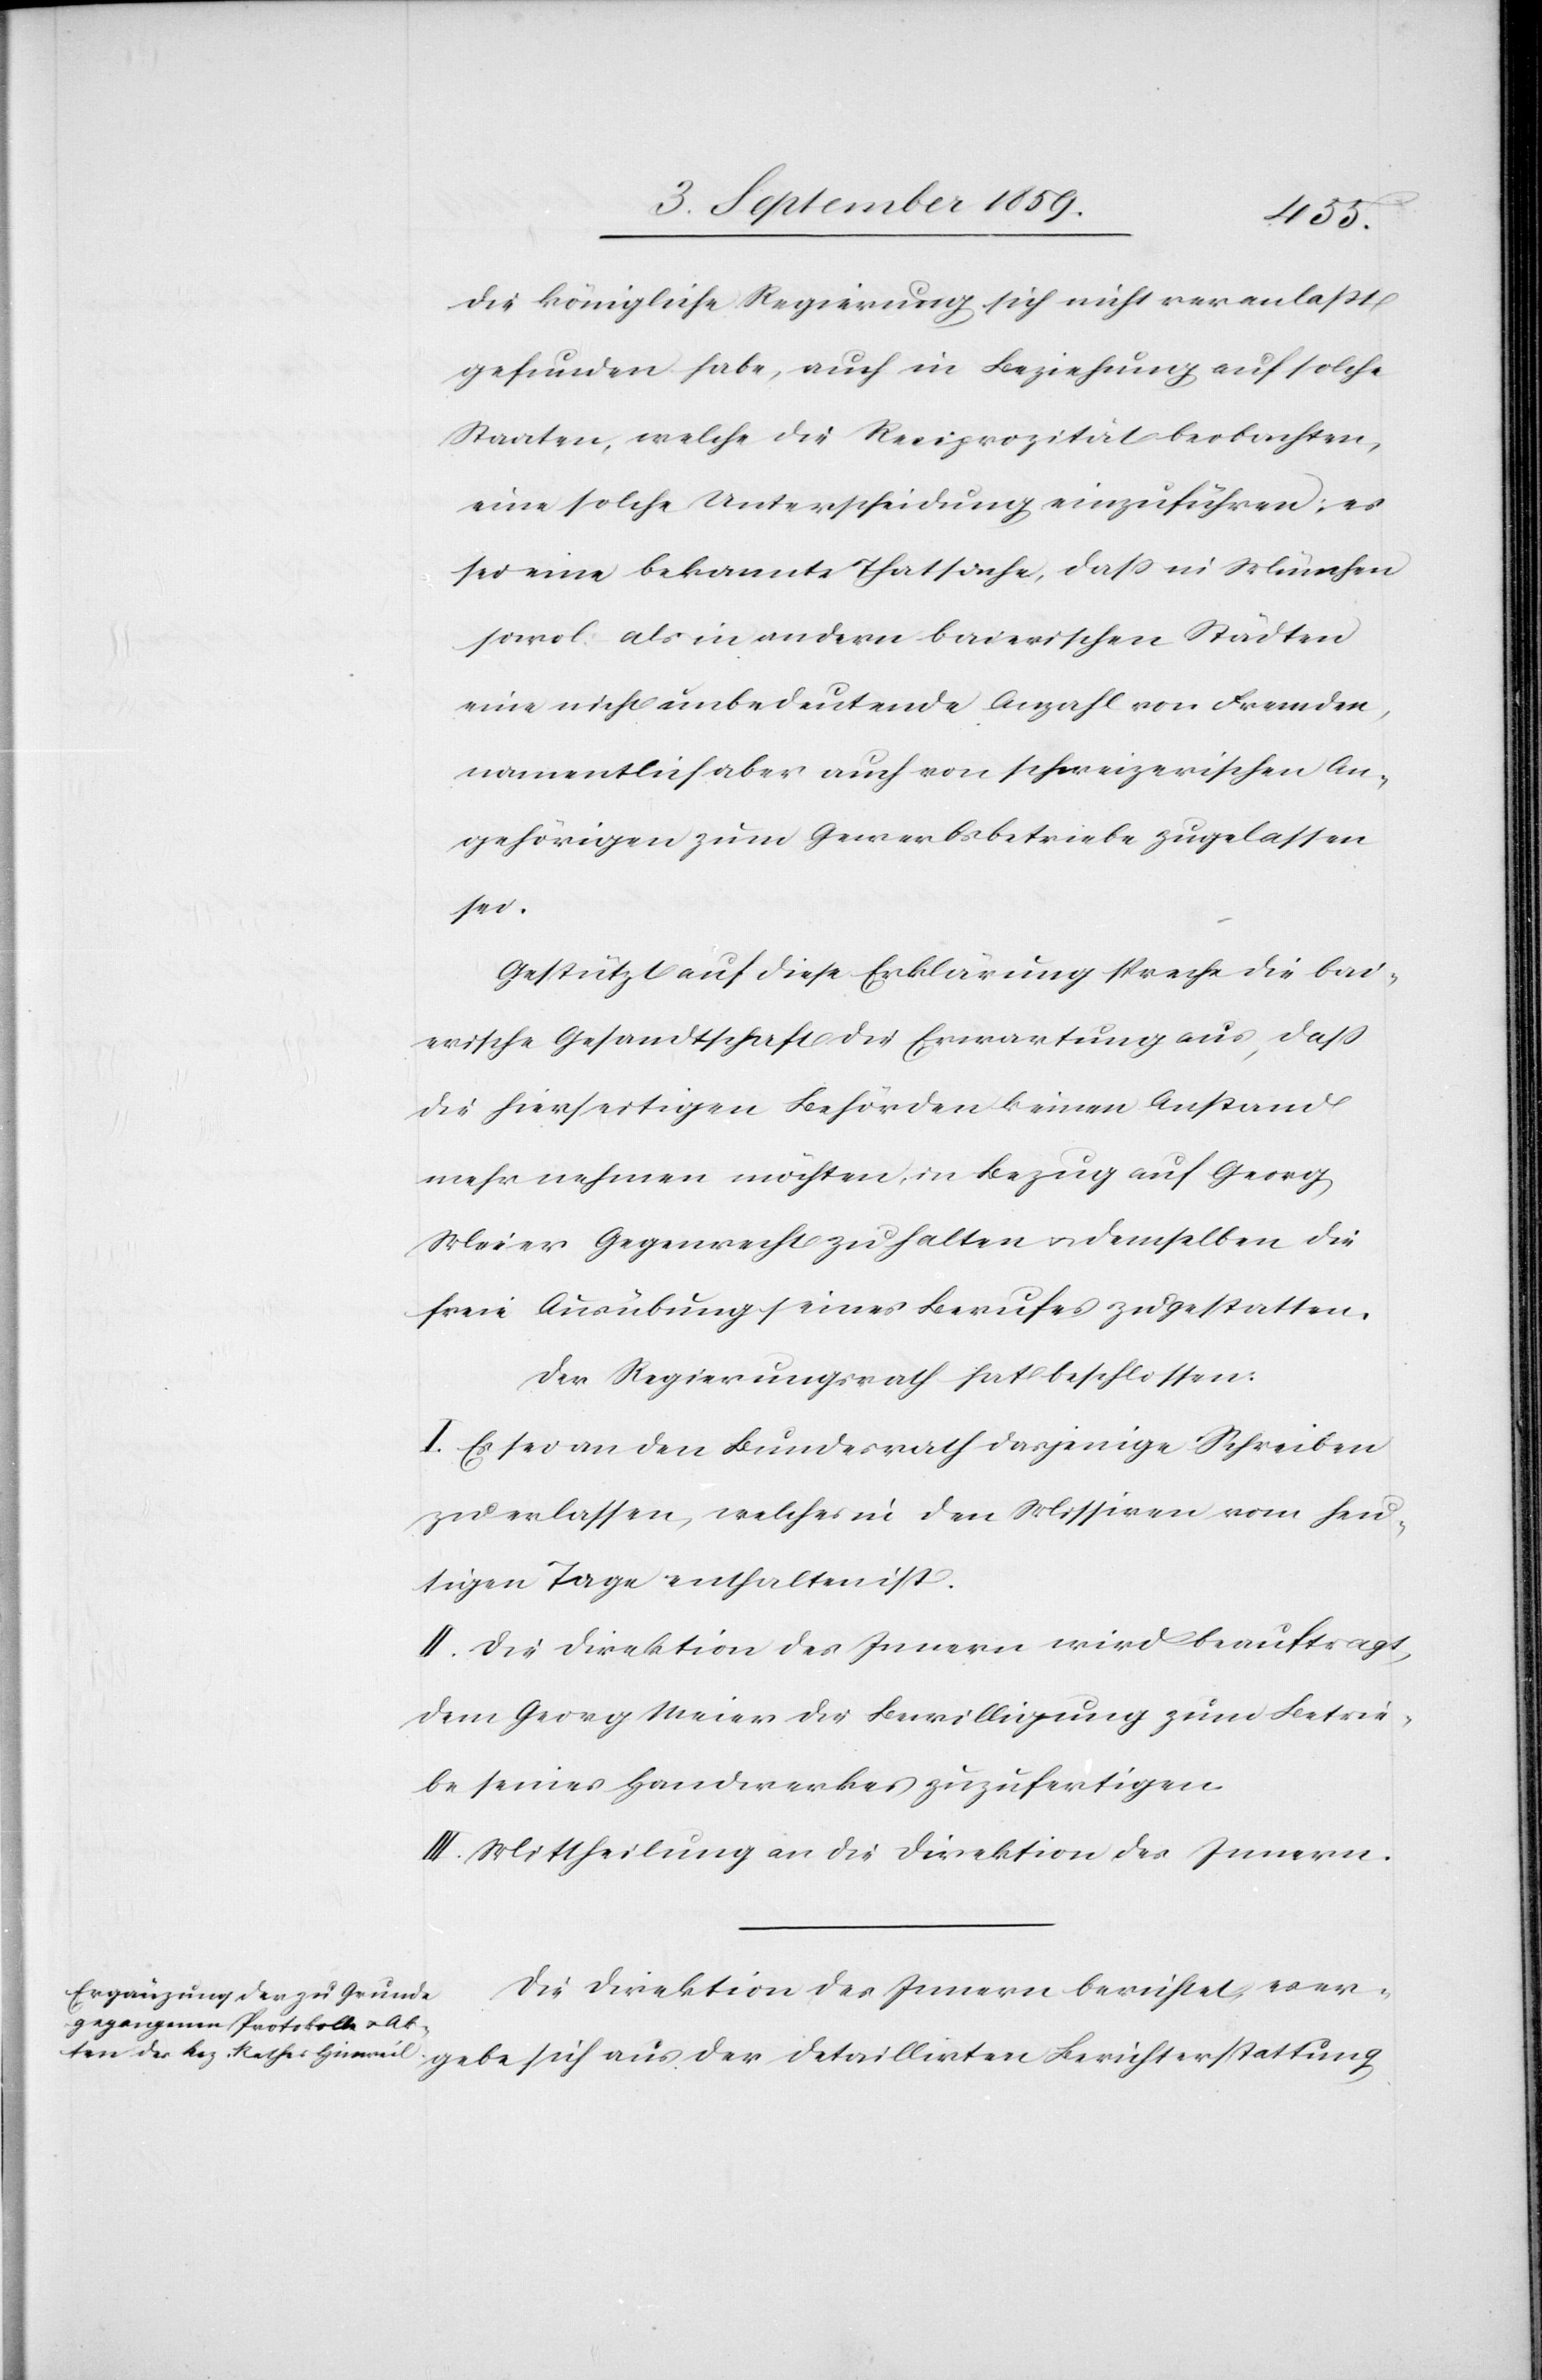
die königliche Regierung sich nicht veranlaßt
gefunden habe, auch in Beziehung auf solche
Staaten, welche die Reciprocität beobachten,
eine solche Unterscheidung einzuführen; es
sei eine bekannte Thatsache, daß in München
sowol als in andern baierischen Städten
eine nicht unbedeutende Anzahl von Fremden,
namentlich aber auch von schweizerischen An¬
gehörigen zum Gewerbsbetriebe zugelassen
gebe
Gestützt auf diese Erklärung spreche die bai¬
erische Gesandtschaft die Erwartung aus, daß
die hierseitigen Behörden keinen Anstand
mehr nehmen möchten, in Bezug auf Georg
Meier Gegenrecht zu halten & demselben die
freie Ausübung seines Berufes zu gestatten.
Der Regierungsrath hat beschlossen:
I. Es sei an den Bundesrath dasjenige Schreiben
zu erlassen, welches in den Missiven vom heu¬
tigen Tage enthalten ist.
II. Die Direktion des Innern wird beauftragt,
dem Georg Meier die Bewilligung zum Betrie¬
be seines Handwerkes zuzufertigen.
III. Mittheilung an die Direktion des Innern.
Die Direktion des Innern berichtet, es er¬